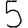
Digit: 5